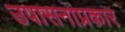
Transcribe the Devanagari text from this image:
उपासनाप्रकार